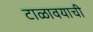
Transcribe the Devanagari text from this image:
टाळावयाची